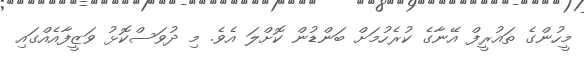
މީހުންގެ ތައުރީފް އޭނާގެ ކުރެހުމަށް ބަންޑުން ކޮށްލަ އެވެ. މި ދުވަސްކޮޅު ވަޒީފާއެއްގައި